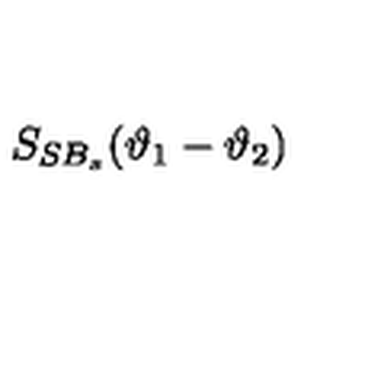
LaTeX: S _ { S B _ { s } } ( \vartheta _ { 1 } - \vartheta _ { 2 } )